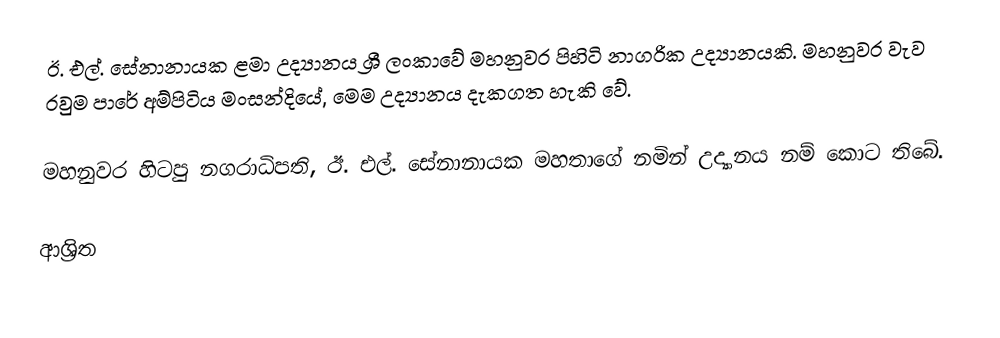
ඊ. එල්. සේනානායක ළමා උද්‍යානය ශ්‍රී ලංකාවේ මහනුවර පිහිටි නාගරික උද්‍යානයකි. මහනුවර වැව රවුම පාරේ අම්පිටිය මංසන්දියේ, මෙම උද්‍යානය දැකගත හැකි වේ.

මහනුවර හිටපු නගරාධිපති, ඊ. එල්. සේනානායක මහතාගේ නමින් උද්‍යානය නම් කොට තිබේ.

ආශ්‍රිත